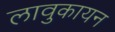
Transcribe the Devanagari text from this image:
लावुकायन